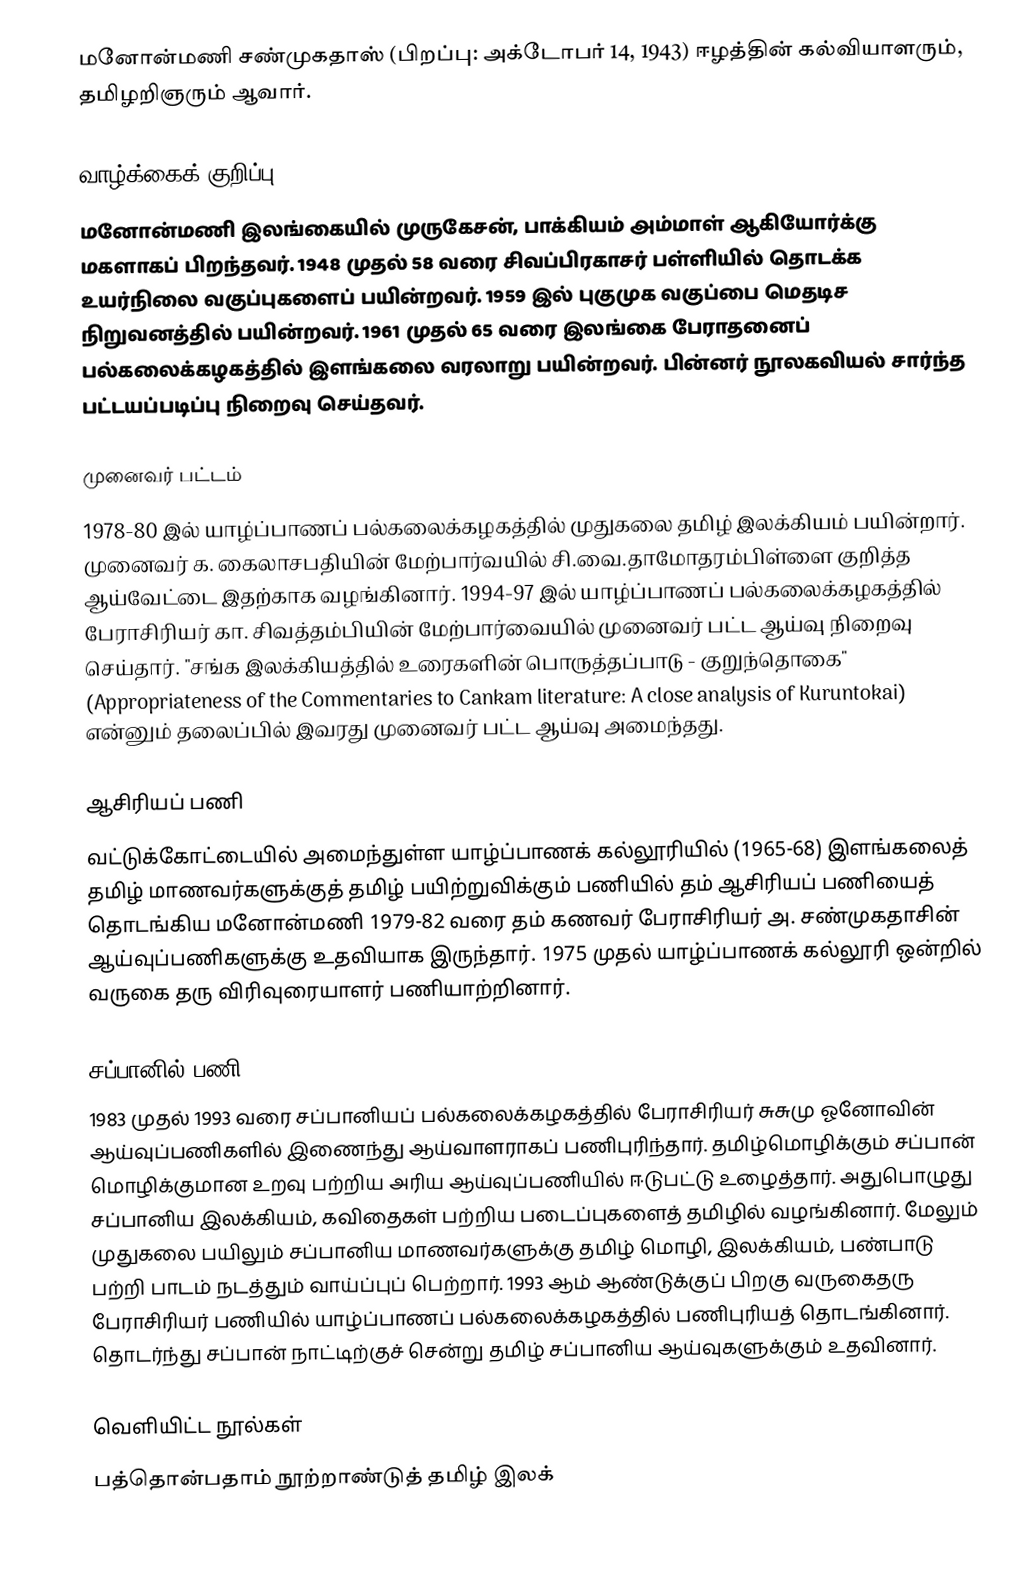
மனோன்மணி சண்முகதாஸ் (பிறப்பு: அக்டோபர் 14, 1943) ஈழத்தின் கல்வியாளரும், தமிழறிஞரும் ஆவார்.

வாழ்க்கைக் குறிப்பு
மனோன்மணி இலங்கையில் முருகேசன், பாக்கியம் அம்மாள் ஆகியோர்க்கு மகளாகப் பிறந்தவர். 1948 முதல் 58 வரை சிவப்பிரகாசர் பள்ளியில் தொடக்க உயர்நிலை வகுப்புகளைப் பயின்றவர். 1959 இல் புகுமுக வகுப்பை மெதடிச நிறுவனத்தில் பயின்றவர். 1961 முதல் 65 வரை இலங்கை பேராதனைப் பல்கலைக்கழகத்தில் இளங்கலை வரலாறு பயின்றவர். பின்னர் நூலகவியல் சார்ந்த பட்டயப்படிப்பு நிறைவு செய்தவர்.

முனைவர் பட்டம்
1978-80 இல் யாழ்ப்பாணப் பல்கலைக்கழகத்தில் முதுகலை தமிழ் இலக்கியம் பயின்றார். முனைவர் க. கைலாசபதியின் மேற்பார்வயில் சி.வை.தாமோதரம்பிள்ளை குறித்த ஆய்வேட்டை இதற்காக வழங்கினார். 1994-97 இல் யாழ்ப்பாணப் பல்கலைக்கழகத்தில் பேராசிரியர் கா. சிவத்தம்பியின் மேற்பார்வையில் முனைவர் பட்ட ஆய்வு நிறைவு செய்தார். "சங்க இலக்கியத்தில் உரைகளின் பொருத்தப்பாடு - குறுந்தொகை" (Appropriateness of the Commentaries to Cankam literature: A close analysis of Kuruntokai) என்னும் தலைப்பில் இவரது முனைவர் பட்ட ஆய்வு அமைந்தது.

ஆசிரியப் பணி
வட்டுக்கோட்டையில் அமைந்துள்ள யாழ்ப்பாணக் கல்லூரியில் (1965-68) இளங்கலைத் தமிழ் மாணவர்களுக்குத் தமிழ் பயிற்றுவிக்கும் பணியில் தம் ஆசிரியப் பணியைத் தொடங்கிய மனோன்மணி 1979-82 வரை தம் கணவர் பேராசிரியர் அ. சண்முகதாசின் ஆய்வுப்பணிகளுக்கு உதவியாக இருந்தார். 1975 முதல் யாழ்ப்பாணக் கல்லூரி ஒன்றில் வருகை தரு விரிவுரையாளர் பணியாற்றினார்.

சப்பானில் பணி
1983 முதல் 1993 வரை சப்பானியப் பல்கலைக்கழகத்தில் பேராசிரியர் சுசுமு ஓனோவின் ஆய்வுப்பணிகளில் இணைந்து ஆய்வாளராகப் பணிபுரிந்தார். தமிழ்மொழிக்கும் சப்பான் மொழிக்குமான உறவு பற்றிய அரிய ஆய்வுப்பணியில் ஈடுபட்டு உழைத்தார். அதுபொழுது சப்பானிய இலக்கியம், கவிதைகள் பற்றிய படைப்புகளைத் தமிழில் வழங்கினார். மேலும் முதுகலை பயிலும் சப்பானிய மாணவர்களுக்கு தமிழ் மொழி,  இலக்கியம், பண்பாடு பற்றி பாடம் நடத்தும் வாய்ப்புப் பெற்றார். 1993 ஆம் ஆண்டுக்குப் பிறகு வருகைதரு பேராசிரியர் பணியில் யாழ்ப்பாணப் பல்கலைக்கழகத்தில் பணிபுரியத் தொடங்கினார். தொடர்ந்து சப்பான் நாட்டிற்குச் சென்று தமிழ் சப்பானிய ஆய்வுகளுக்கும் உதவினார்.

வெளியிட்ட நூல்கள்
பத்தொன்பதாம் நூற்றாண்டுத் தமிழ் இலக்